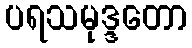
ပရသမုဒ္ဒတော